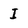
Character: I